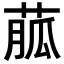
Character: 𦳍